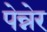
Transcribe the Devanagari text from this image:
पेन्नेर